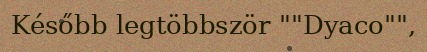
Később legtöbbször ""Dyaco"",